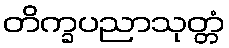
တိက္ခပညာသုတ္တံ